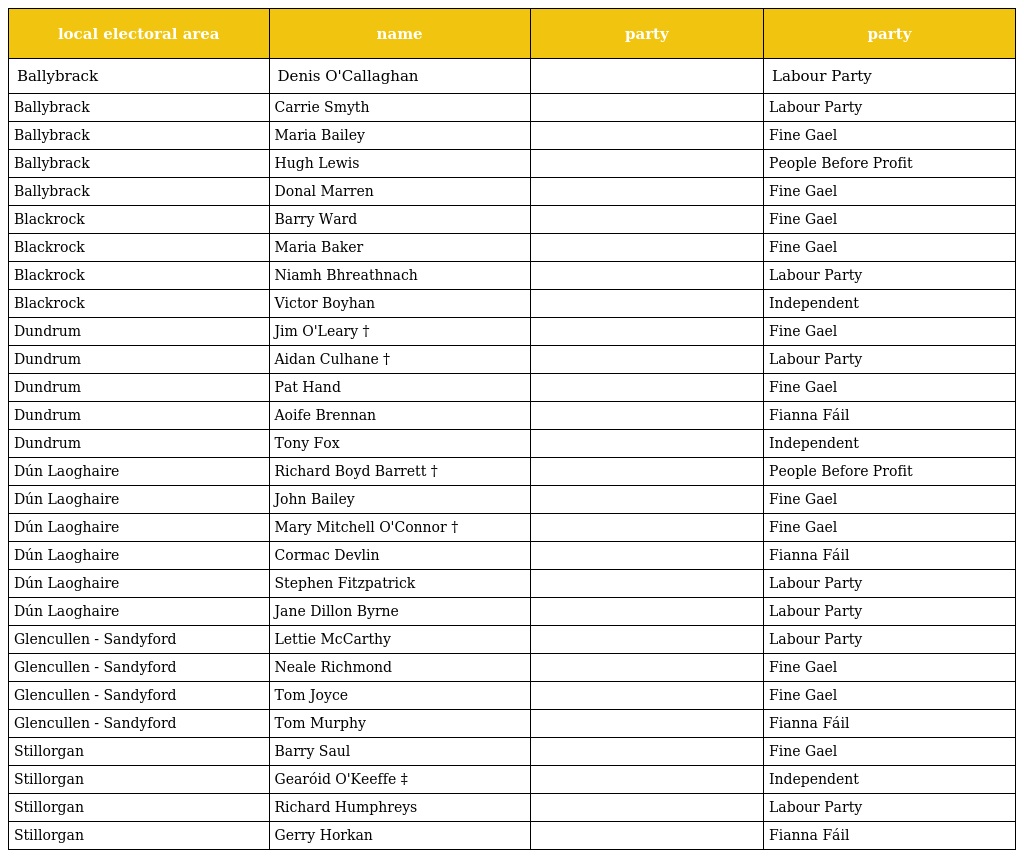
| local electoral area | name | party | party |
 | --- | --- | --- | --- |
 | Ballybrack | Denis O'Callaghan |  | Labour Party |
 | Ballybrack | Carrie Smyth |  | Labour Party |
 | Ballybrack | Maria Bailey |  | Fine Gael |
 | Ballybrack | Hugh Lewis |  | People Before Profit |
 | Ballybrack | Donal Marren |  | Fine Gael |
 | Blackrock | Barry Ward |  | Fine Gael |
 | Blackrock | Maria Baker |  | Fine Gael |
 | Blackrock | Niamh Bhreathnach |  | Labour Party |
 | Blackrock | Victor Boyhan |  | Independent |
 | Dundrum | Jim O'Leary † |  | Fine Gael |
 | Dundrum | Aidan Culhane † |  | Labour Party |
 | Dundrum | Pat Hand |  | Fine Gael |
 | Dundrum | Aoife Brennan |  | Fianna Fáil |
 | Dundrum | Tony Fox |  | Independent |
 | Dún Laoghaire | Richard Boyd Barrett † |  | People Before Profit |
 | Dún Laoghaire | John Bailey |  | Fine Gael |
 | Dún Laoghaire | Mary Mitchell O'Connor † |  | Fine Gael |
 | Dún Laoghaire | Cormac Devlin |  | Fianna Fáil |
 | Dún Laoghaire | Stephen Fitzpatrick |  | Labour Party |
 | Dún Laoghaire | Jane Dillon Byrne |  | Labour Party |
 | Glencullen - Sandyford | Lettie McCarthy |  | Labour Party |
 | Glencullen - Sandyford | Neale Richmond |  | Fine Gael |
 | Glencullen - Sandyford | Tom Joyce |  | Fine Gael |
 | Glencullen - Sandyford | Tom Murphy |  | Fianna Fáil |
 | Stillorgan | Barry Saul |  | Fine Gael |
 | Stillorgan | Gearóid O'Keeffe ‡ |  | Independent |
 | Stillorgan | Richard Humphreys |  | Labour Party |
 | Stillorgan | Gerry Horkan |  | Fianna Fáil |